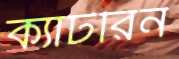
ক্যাটরিন